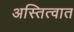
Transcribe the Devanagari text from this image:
अस्तित्‍वात